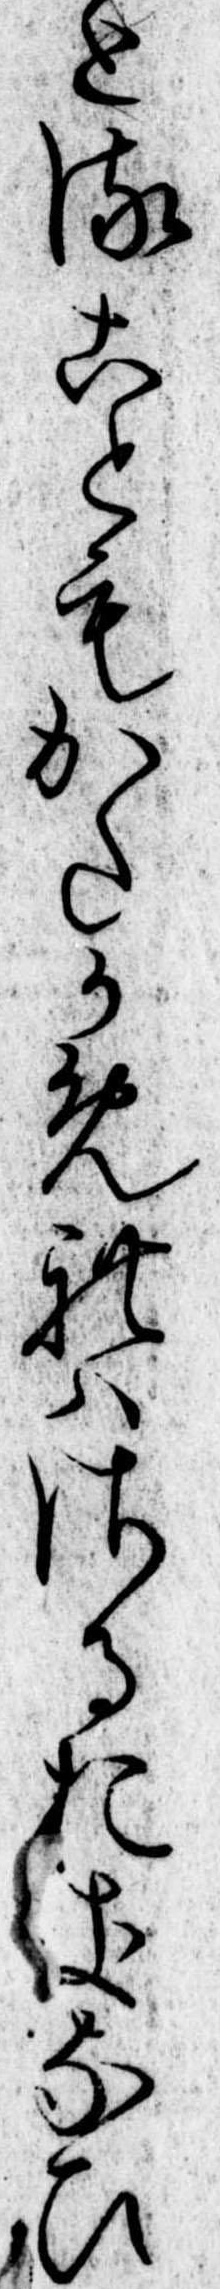
とることもかたかめれはさるおきなひ